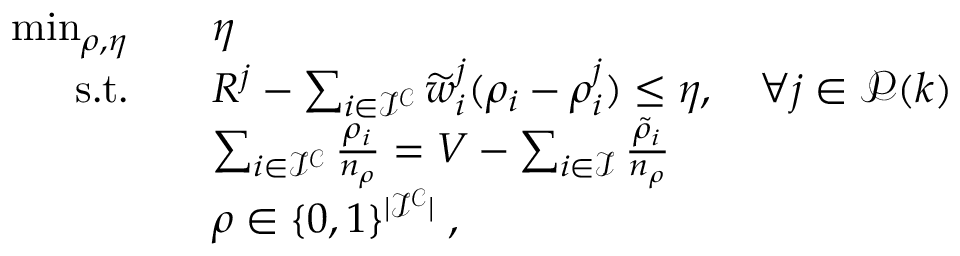
\begin{array} { r l } { \operatorname* { m i n } _ { \boldsymbol { \rho } , \eta } } & { \quad \eta } \\ { \mathrm { s . t . } } & { \quad R ^ { j } - \sum _ { i \in \mathcal { I ^ { C } } } \widetilde { w } _ { i } ^ { j } ( \rho _ { i } - \rho _ { i } ^ { j } ) \leq \eta , \quad \forall j \in \mathcal { P } ( k ) } \\ & { \quad \sum _ { i \in \mathcal { I ^ { C } } } \frac { \rho _ { i } } { n _ { \rho } } = V - \sum _ { i \in \mathcal { I } } \frac { \widetilde { \rho } _ { i } } { n _ { \rho } } } \\ & { \quad \boldsymbol { \rho } \in \{ 0 , 1 \} ^ { | \mathcal { I ^ { C } } | } \; , } \end{array}